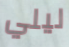
ليلي